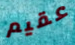
عقيم